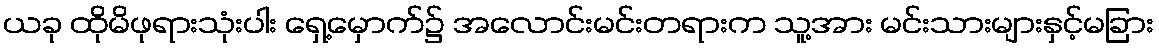
ယခု ထိုမိဖုရားသုံးပါး ရှေ့မှောက်၌ အလောင်းမင်းတရားက သူ့အား မင်းသားများနှင့်မခြား